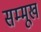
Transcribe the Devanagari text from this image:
सम्मूख